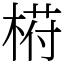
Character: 﨓